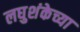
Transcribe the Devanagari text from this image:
लघुशंकेच्या